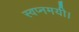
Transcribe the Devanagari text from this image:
स्वप्नमयी।